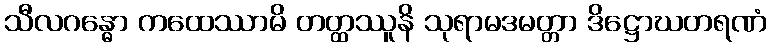
သီလဂန္ဓော ကထေဿာမိ တတ္ထဿူနိ သုရာမဒမတ္တာ ဒိဋ္ဌောဃတရဏံ